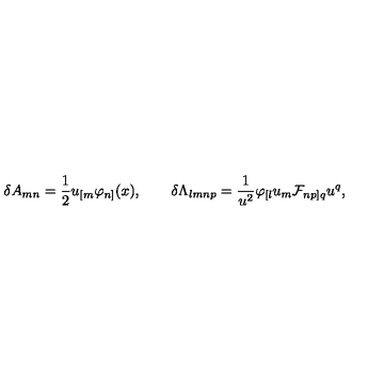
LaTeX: \delta A _ { m n } = { \frac { 1 } { 2 } } u _ { [ m } \varphi _ { n ] } ( x ) , \qquad \delta \Lambda _ { l m n p } = { \frac { 1 } { u ^ { 2 } } } \varphi _ { [ l } u _ { m } { \cal F } _ { n p ] q } u ^ { q } ,